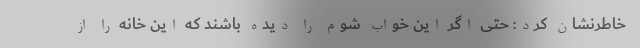
خاطرنشان کرد: حتی اگر این خواب شوم را دیده باشند که این خانه را از